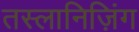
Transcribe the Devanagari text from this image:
तस्लानिज़िंग